Medical and sanitary report of the native army of Madras for the year
Year: 1872
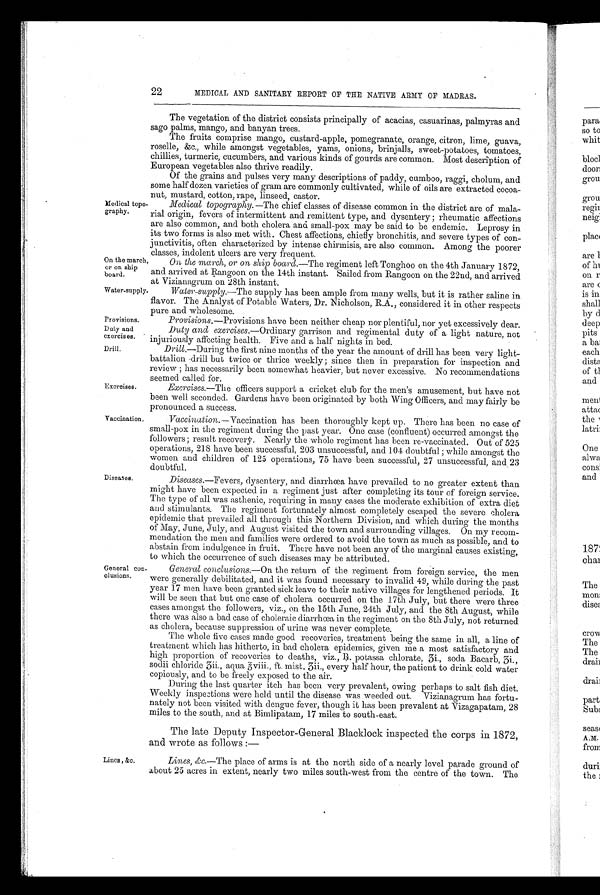
On the march,
or on ship
board.
Water-supply.
Provisions.
Duty and
exercises.
Drill.
22
MEDICAL AND SANITARY REPORT OF THE NATIVE ARMY OF MADRAS.
Medical topo
-graphy.
The vegetation of the district consists principally of acacias, casuarinas, palmyras and
sago palms, mango, and banyan trees.
The fruits comprise mango, custard-apple, pomegranate, orange, citron, lime, guava,
roselle, &c., while amongst vegetables, yarns, onions, brinjalls, sweet-potatoes, tomatoes,
chillies, turmeric, cucumbers, and various kinds of gourds are common. Most description of
European vegetables also thrive readily.
Of the grains and pulses very many descriptions of paddy, cumboo, raggi, cholum, and
some half dozen varieties of gram are commonly cultivated, while of oils are extracted cocoa
-nut, mustard, cotton, rape, linseed, castor.
Medical topography.—The chief classes of disease common in the district are of mala
-rial origin, fevers of intermittent and remittent type, and dysentery; rheumatic affections
are also common, and both cholera and small-pox may be said to be endemic. Leprosy in
its two forms is also met with. Chest affections, chiefly bronchitis, and severe types of con-
junctivitis, often characterized by intense chirmisis, are also common. Among the poorer
classes, indolent ulcers are very frequent.
On the march, or on ship board.—The regiment left Tonghoo on the 4th January 1872,
and arrived at Rangoon on the 14th instant. Sailed from Rangoon on the 22nd, and arrived
at Vizianagrum on 28th instant.
Water-supply. —The supply has been ample from many wells, but it is rather saline in
flavor. The Analyst of Potable Waters, Dr. Nicholson, R.A., considered it in other respects
pure and wholesome.
Exercises.
Vaccination.
Diseases.
Provisions .—Provisions have been neither cheap nor plentiful, nor yet excessively dear.
Duty and exercises.—Ordinary garrison and regimental duty of a light nature, not
injuriously affecting health. Five and a half nights in bed.
Drill. —During the first nine months of the year the amount of drill has been very light
-battalion drill but twice or thrice weekly; since then in preparation for inspection and
review; has necessarily been somewhat heavier, but never excessive. No recommendations
seemed called for.
Exercises.— The officers support a cricket club for the men's amusement, but have not
been well seconded. Gardens have been originated by both Wing Officers, and may fairly be
pronounced a success.
Vaccination.—Vaccination has been thoroughly kept up. There has been no case of
small-pox in the regiment during the past year. One case (confluent) occurred amongst the
followers; result recovery. Nearly the whole regiment has been re-vaccinated. Out of 525
operations, 218 have been successful, 203 unsuccessful, and 104 doubtful; while amongst the
women and children of 125 operations, 75 have been successful, 27 unsuccessful, and 23
doubtful,
Diseases.—Fevers, dysentery, and diarrhœa have prevailed to no greater extent than
might have been expected in a regiment just after completing its tour of foreign service.
The type of all was asthenic, requiring in many cases the moderate exhibition of extra diet
and stimulants. The regiment fortunately almost completely escaped the severe cholera
epidemic that prevailed all through this Northern Division, and which during the months
of May, June, July, and August visited the town and surrounding villages. On my recom
-mendation the men and families were ordered to avoid the town as much as possible, and to
abstain from indulgence in fruit. There have not been any of the marginal causes existing,
to which the occurrence of such diseases may be attributed.
General con
-clusions.
General conclusions.— On the return of the regiment from foreign service, the men
were generally debilitated, and it was found necessary to invalid 49, while during the past
year 17 men have been granted sick leave to their native villages for lengthened periods. It
will be seen that but one case of cholera occurred on the 17th July, but there were three
cases amongst the followers, viz., on the 15th June, 24th July, and the 8th August, while
there was also a bad case of choleraic diarrhœa in the regiment on the 8th July, not returned
as cholera, because suppression of urine was never complete.
The whole five cases made good recoveries, treatment being the same in all, a line of
treatment which has hitherto, in bad cholera epidemics, given me a most satisfactory and
high proportion of recoveries to deaths, viz., R. potassa chlorate, 3i., soda Bacarb, 3i.,
sodii chloride 3ii., aqua 3viii., ft. mist. 3ii., every half hour, the patient to drink cold water
copiously, and to be freely exposed to the air.
During the last quarter itch has been very prevalent, owing perhaps to salt fish diet.
Weekly inspections were held until the disease was weeded out. Vizianagrum has fortu
-nately not been visited with dengue fever, though it has been prevalent at Vizagapatam, 28
miles to the south, and at Bimlipatam, 17 miles to south-east.
The late Deputy Inspector-General Blacklock inspected the corps in 1872,
and wrote as follows:—
Lines , &c.
Lines, &c.—The place of arms is at the north side of a nearly level parade ground of
about 25 acres in extent, nearly two miles south-west from the centre of the town. The